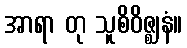
အာရာ တု သူစိဝိဇ္ဈနံ။